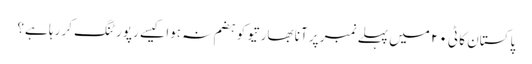
پاکستان کا ٹی ٢٠ میں پہلے نمبر پر آنا بھارتیو کو ہضم نہ ہوا کیسے رپورٹنگ کر رہا ہے؟